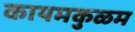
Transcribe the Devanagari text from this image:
कायमकुळम